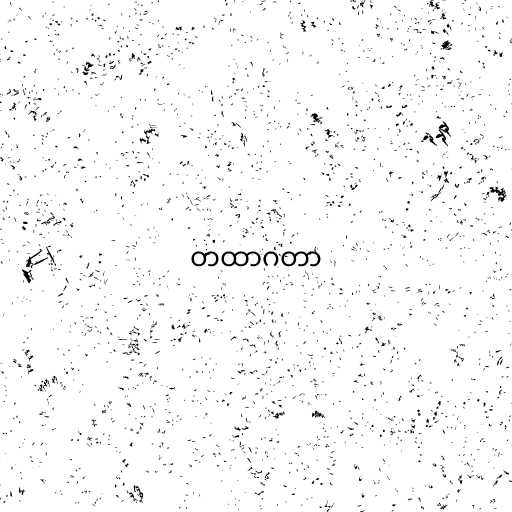
တထာဂတာ